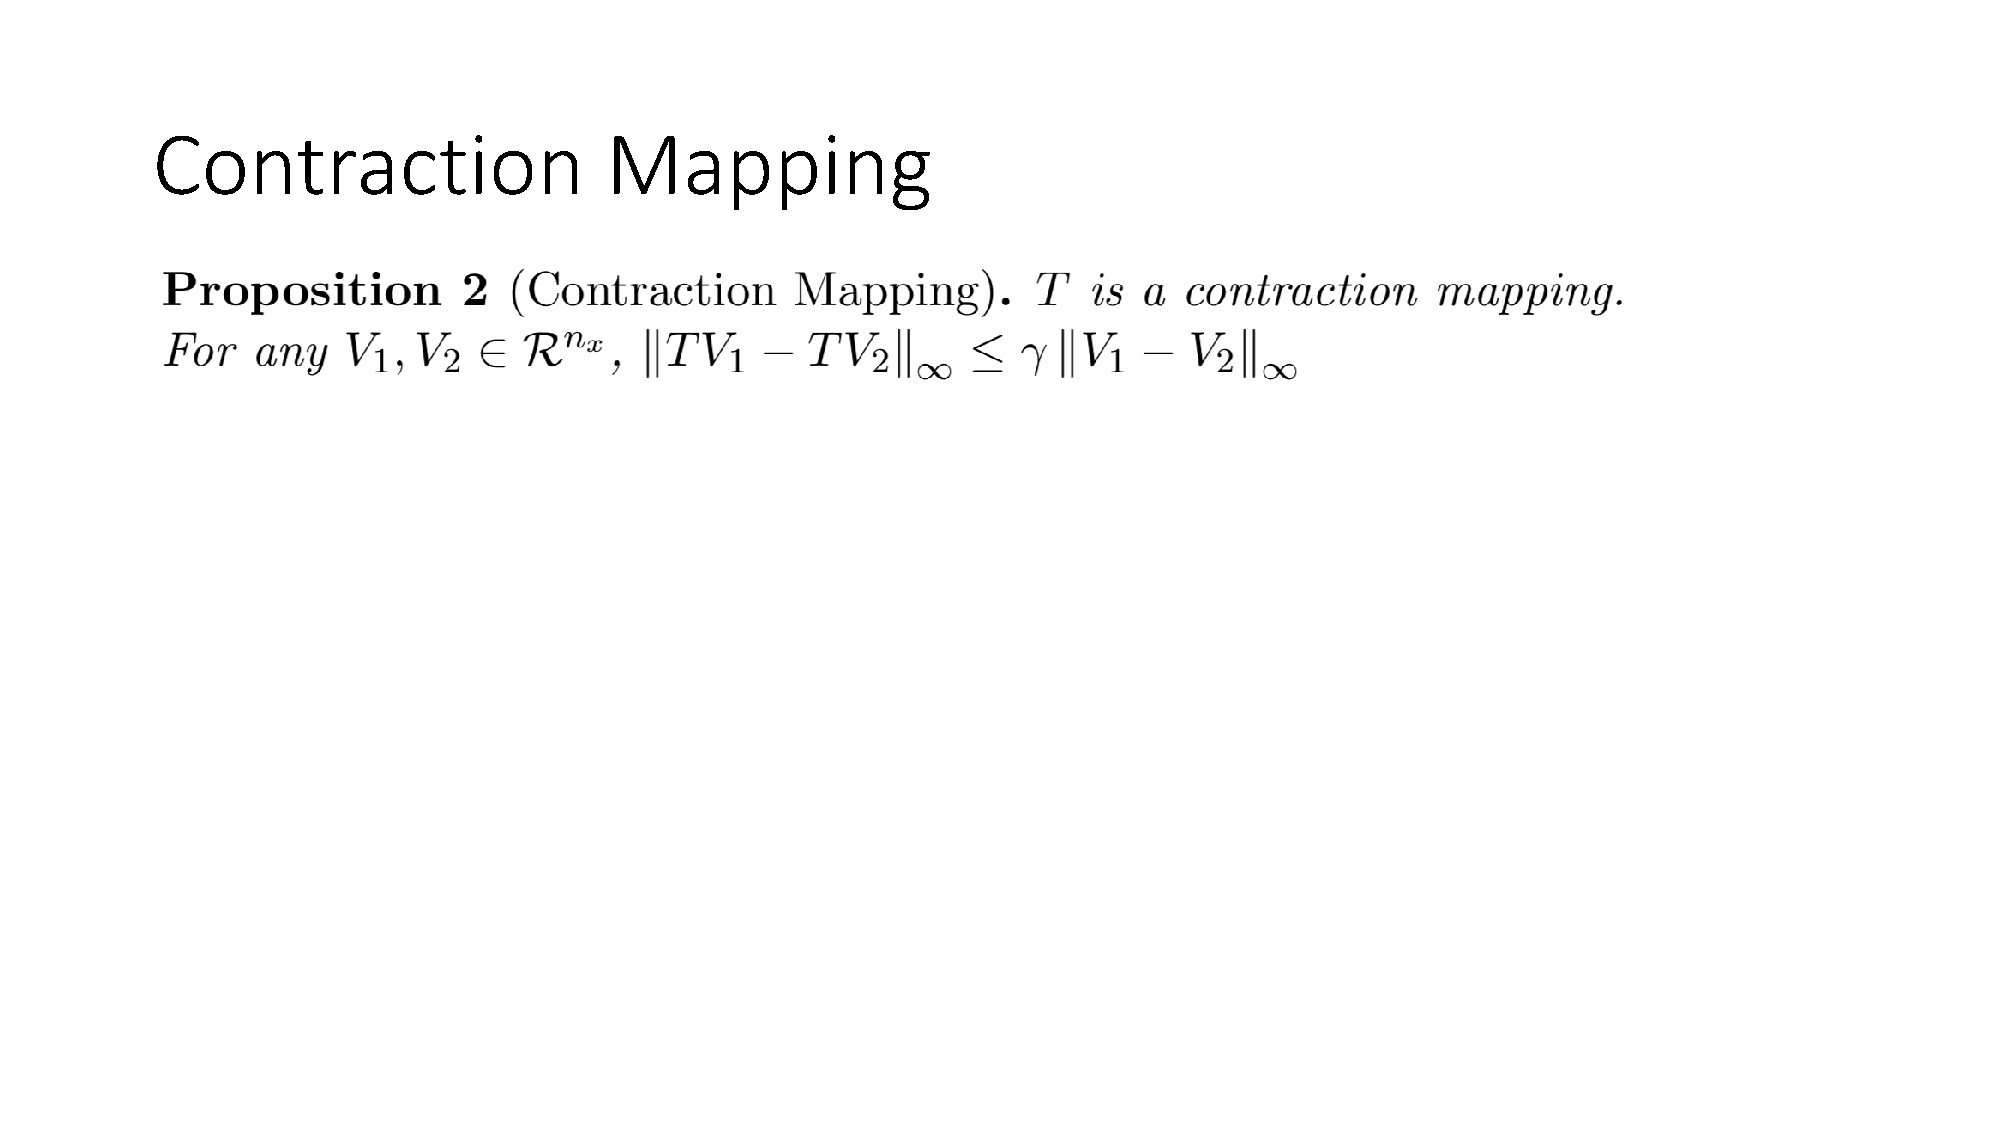
Contraction                   Mapping